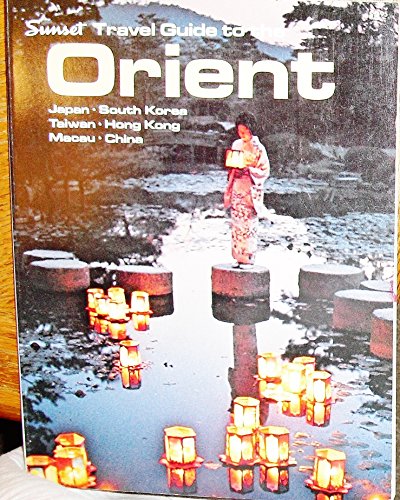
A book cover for Sunset Travel Guide to the Orient: Japan, South Korea, Taiwan, Hong Kong, Macau, China; Lawrence A. Clancy; Travel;